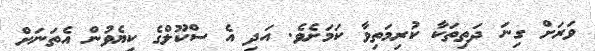
ވަރަށް ގިނަ ދަތިތަކާ ކުރިމަތިވާ ކަމަށެވެ. އަދި އެ ސްކޫލްގެ ކިޔެވުން އެތަނަށް